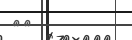
١٧